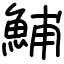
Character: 鯆